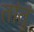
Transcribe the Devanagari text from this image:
तांतुं